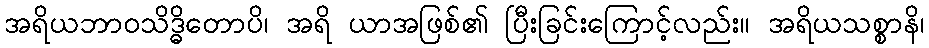
အရိယဘာဝသိဒ္ဓိတောပိ၊ အရိ ယာအဖြစ်၏ ပြီးခြင်းကြောင့်လည်း။ အရိယသစ္စာနိ၊